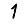
Digit: 1